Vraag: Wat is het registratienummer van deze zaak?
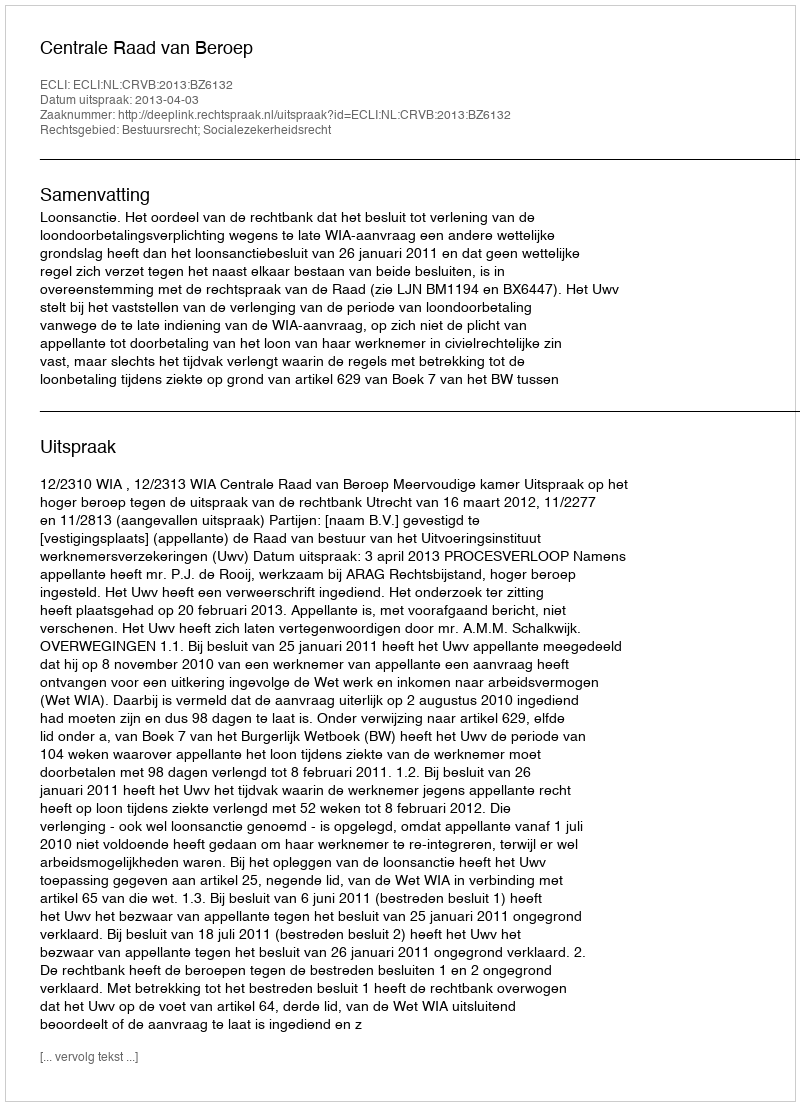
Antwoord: http://deeplink.rechtspraak.nl/uitspraak?id=ECLI:NL:CRVB:2013:BZ6132